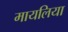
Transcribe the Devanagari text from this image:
मायलिया